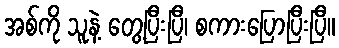
အစ်ကို သူနဲ့ တွေ့ပြီးပြီ၊ စကားပြောပြီးပြီ။